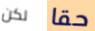
لكن حقا